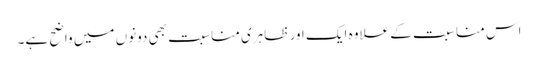
اس مناسبت کے علاوہ ایک اور ظاہری مناسبت بھی دونوں میں واضح ہے۔